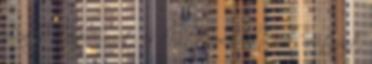
Ready Player One-t, és kivettem a listáról, mert azt